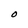
Character: O